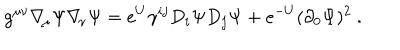
g ^ { \mu \nu } \nabla _ { \! \mu } \Psi \nabla _ { \! \nu } \Psi = e ^ { U } \gamma ^ { i j } D _ { i } \Psi D _ { j } \Psi + e ^ { - U } ( \partial _ { 0 } \Psi ) ^ { 2 } \ .